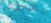
سامويل